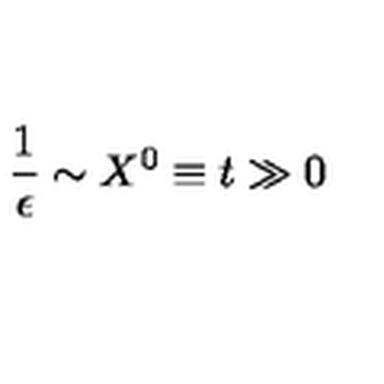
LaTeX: \frac { 1 } { \epsilon } \sim X ^ { 0 } \equiv t \gg 0